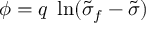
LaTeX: \phi = q \; \ln ( \tilde { \sigma } _ { f } - \tilde { \sigma } )